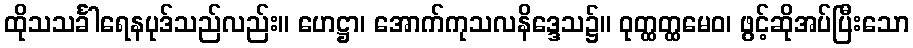
ထိုသသင်္ခါရေနပုဒ်သည်လည်း။ ဟေဋ္ဌာ၊ အောက်ကုသလနိဒ္ဒေသ၌။ ဝုတ္ထတ္ထမေဝ၊ ဖွင့်ဆိုအပ်ပြီးသော